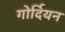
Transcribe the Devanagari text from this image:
गोर्दियन